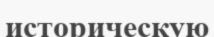
историческую